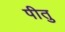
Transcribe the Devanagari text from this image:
पीतु